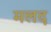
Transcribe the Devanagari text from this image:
मलद